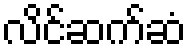
လိင်ဆက်ဆံ